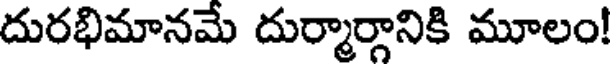
దురభిమానమే దుర్మార్గానికి మూలం!